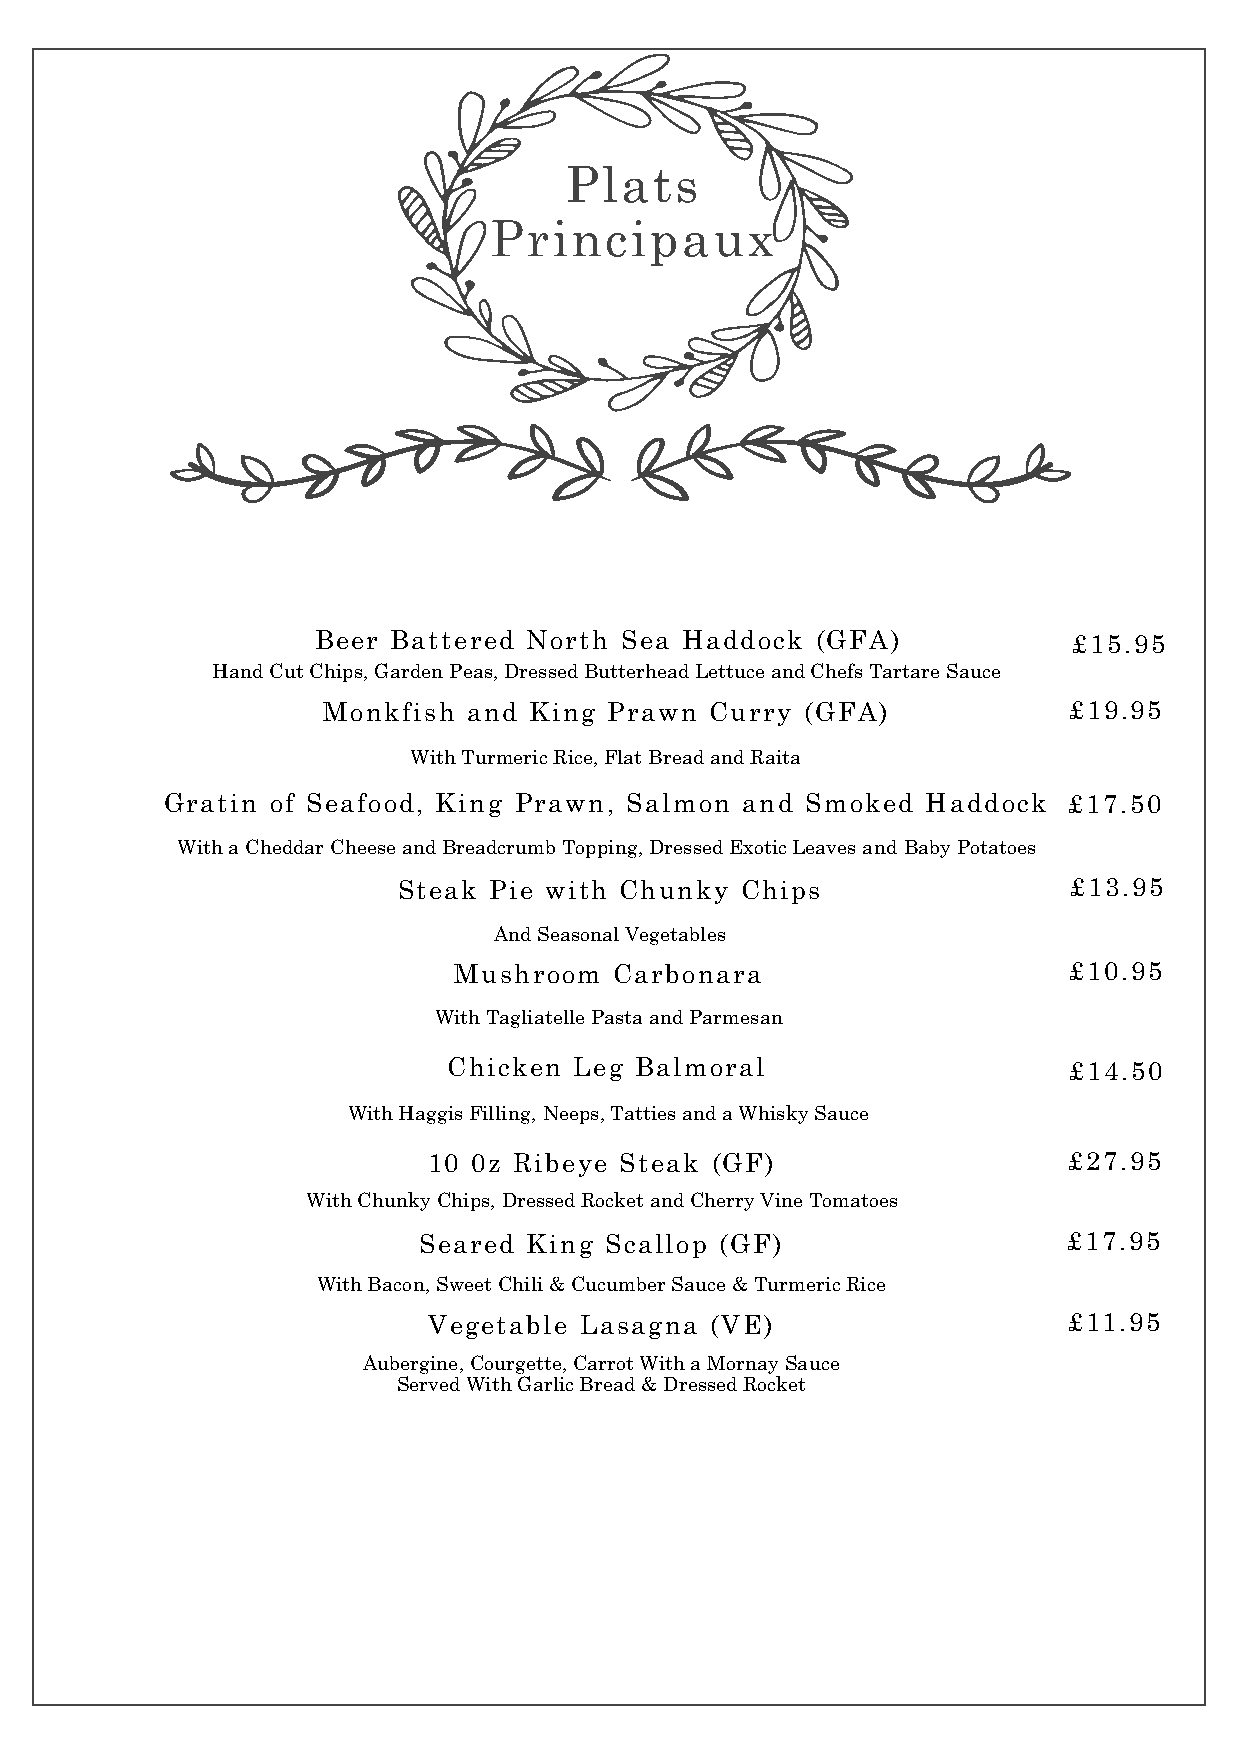
Plats
 Principaux
 Beer Battered North Sea Haddock  (GFA)            £15.95
 Hand Cut Chips, Garden Peas, Dressed B utterhead Lettuce and Chefs Tartare Sauce
 Monkfish  and King Prawn  Curry (GFA)             £19.95
 With Turmeric Rice, Flat Bread and Raita
 Gratin of Seafood, King Prawn, Salmon and Smoked  Haddock   £17.50
 With a Cheddar Cheese and Breadcrumb Topping, Dressed Exotic Leaves and Baby Potatoes
 Steak Pie with Chunky  Chips                 £13.95
 And Seasonal Vegetables
 Mushroom   Carbonara                     £10.95
 With Tagliatelle Pasta and Parmesan
 Chicken Leg Balmoral                     £14.50
 With Haggis Filling, Neeps, Tatties and a Whisky Sauce
 10 0z Ribeye Steak (GF)                    £27.95
 With Chunky Chips, Dressed Rocket and Cherry Vine Tomatoes
 Seared King Scallop (GF)                   £17.95
 With Bacon, Sweet Chili & Cucumber Sauce & Turmeric Rice
 Vegetable Lasagna  (VE)                    £11.95
 Aubergine, Courgette, Carrot With a Mornay Sauce
 Served With Garlic Bread & Dressed Rocket